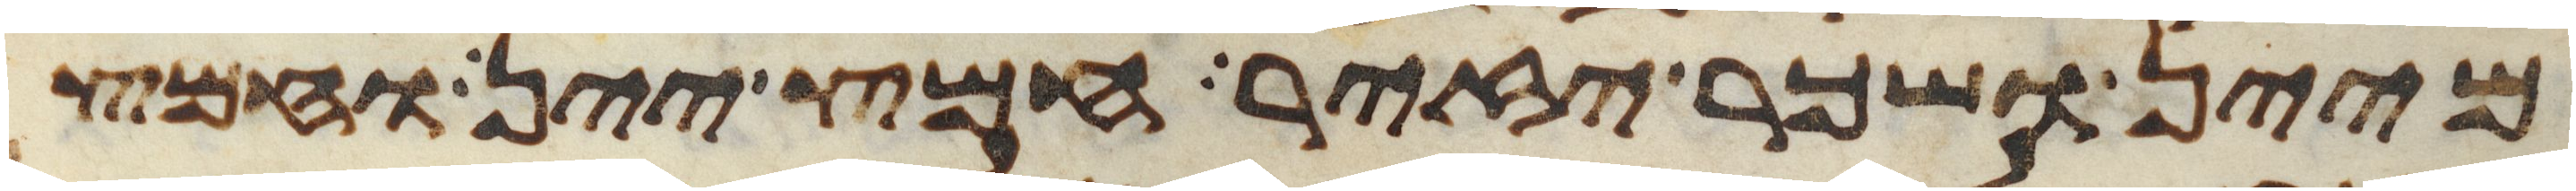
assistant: מיין ושכר יזיר חמץ יין וחמץ